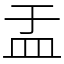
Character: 盂